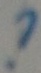
Text: ?